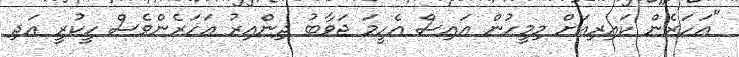
"އަހަރެން ކައިރިއަށް މިމީހުން އައިސް އެހީމަ ޖަވާބު ދިންއިރު އަހަރެންވެސް ހީކުރީ އަދި